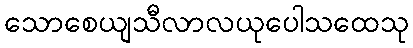
သောစေယျသီလာလယုပေါသထေသု